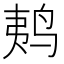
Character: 𱉩